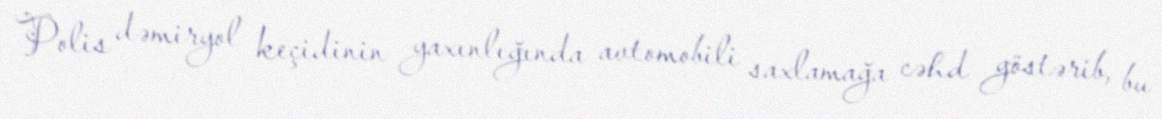
Polis dəmiryol keçidinin yaxınlığında avtomobili saxlamağa cəhd göstərib, bu